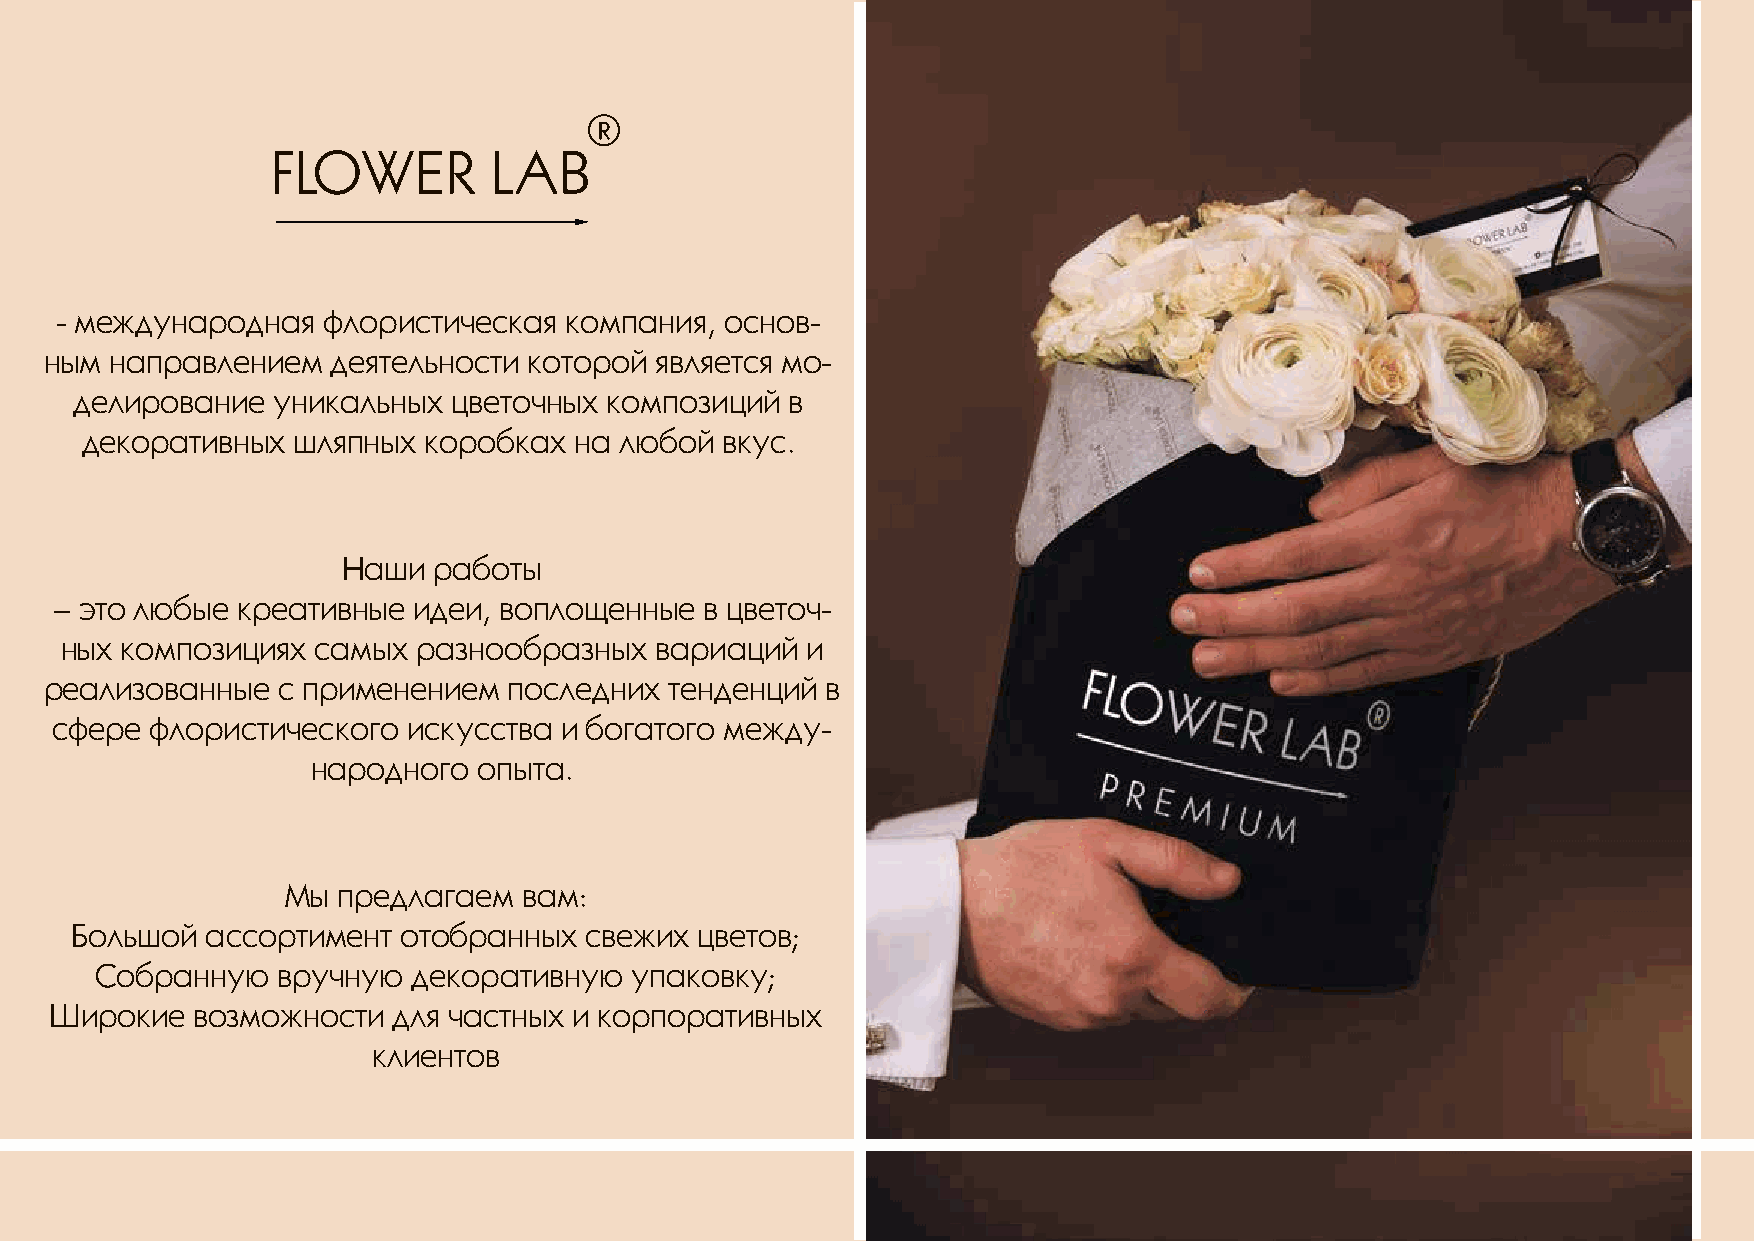
- международная  флористическая  компания,  основ-
 ным направлением   деятельности которой является мо-
 делирование  уникальных  цветочных композиций  в
 декоративных  шляпных  коробках  на любой  вкус.
 Наши  работы
 – это любые  креативные идеи, воплощенные   в цветоч-
 ных композициях  самых  разнообразных  вариаций  и
 реализованные  с применением   последних тенденций  в
 сфере  флористического  искусства и богатого между-
 народного  опыта.
 Мы предлагаем   вам:
 Большой  ассортимент  отобранных  свежих цветов;
 Собранную   вручную  декоративную   упаковку;
 Широкие   возможности  для частных и корпоративных
 клиентов